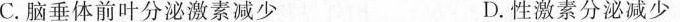
C.脑垂体前叶分泌激素减少 D.性激素分泌减少